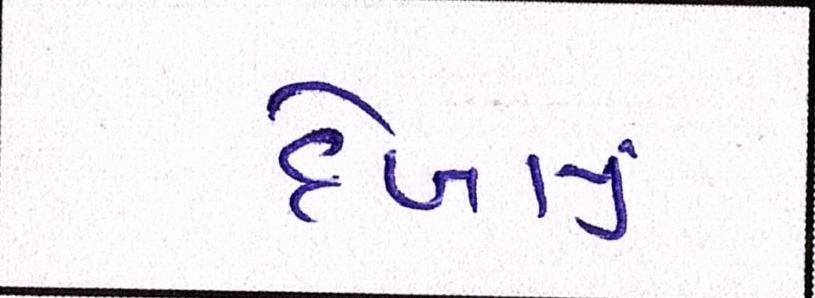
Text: દેખાયું